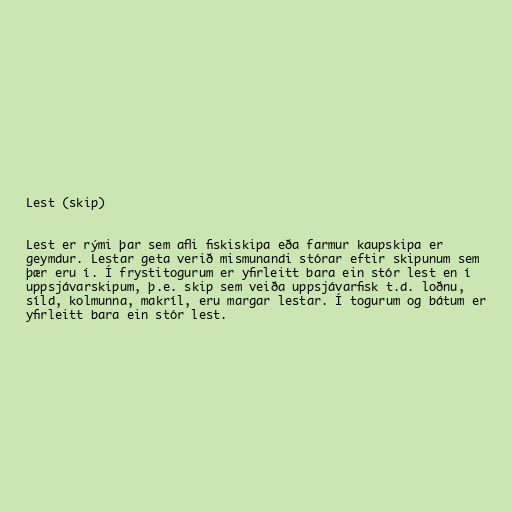
Lest (skip)

Lest er rými þar sem afli fiskiskipa eða farmur kaupskipa er
geymdur. Lestar geta verið mismunandi stórar eftir skipunum sem
þær eru í. Í frystitogurum er yfirleitt bara ein stór lest en í
uppsjávarskipum, þ.e. skip sem veiða uppsjávarfisk t.d. loðnu,
síld, kolmunna, makríl, eru margar lestar. Í togurum og bátum er
yfirleitt bara ein stór lest.